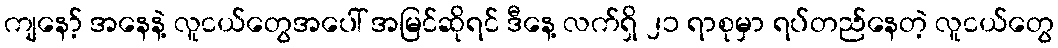
ကျနော့် အနေနဲ့ လူငယ်တွေအပေါ် အမြင်ဆိုရင် ဒီနေ့ လက်ရှိ ၂၁ ရာစုမှာ ရပ်တည်နေတဲ့ လူငယ်တွေ